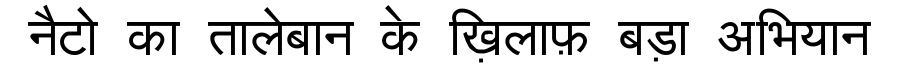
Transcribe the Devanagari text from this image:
नैटो का तालेबान के ख़िलाफ़ बड़ा अभियान